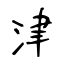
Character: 津